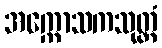
အက္ကောသကသုတ္တံ